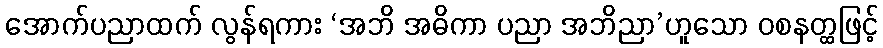
အောက်ပညာထက် လွန်ရကား ‘အဘိ အဓိကာ ပညာ အဘိညာ’ဟူသော ဝစနတ္ထဖြင့်